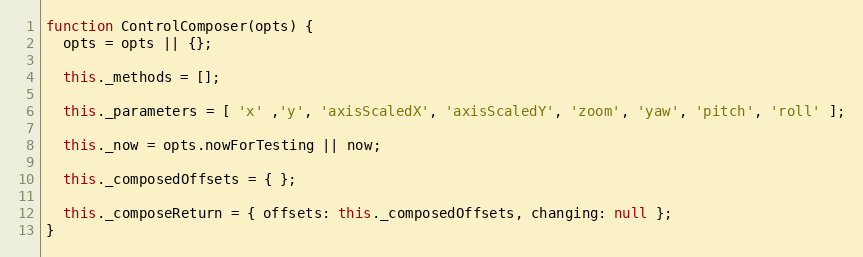
Language: JavaScript
function ControlComposer(opts) {
  opts = opts || {};

  this._methods = [];

  this._parameters = [ 'x' ,'y', 'axisScaledX', 'axisScaledY', 'zoom', 'yaw', 'pitch', 'roll' ];

  this._now = opts.nowForTesting || now;

  this._composedOffsets = { };

  this._composeReturn = { offsets: this._composedOffsets, changing: null };
}